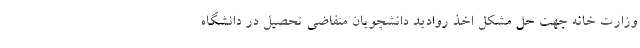
وزارت خانه جهت حل مشکل اخذ روادید دانشچویان متقاضی تحصیل در دانشگاه